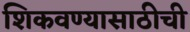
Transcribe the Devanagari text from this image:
शिकवण्यासाठीची